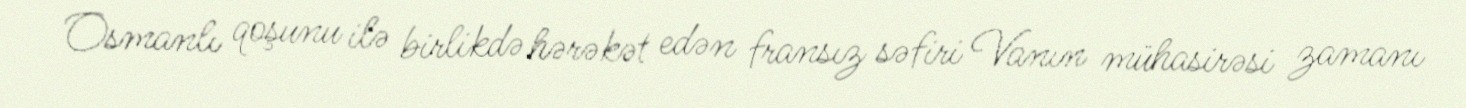
Osmanlı qoşunu ilə birlikdə hərəkət edən fransız səfiri Vanın mühasirəsi zamanı